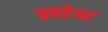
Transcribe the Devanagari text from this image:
प्रवरेचा